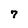
Character: 7